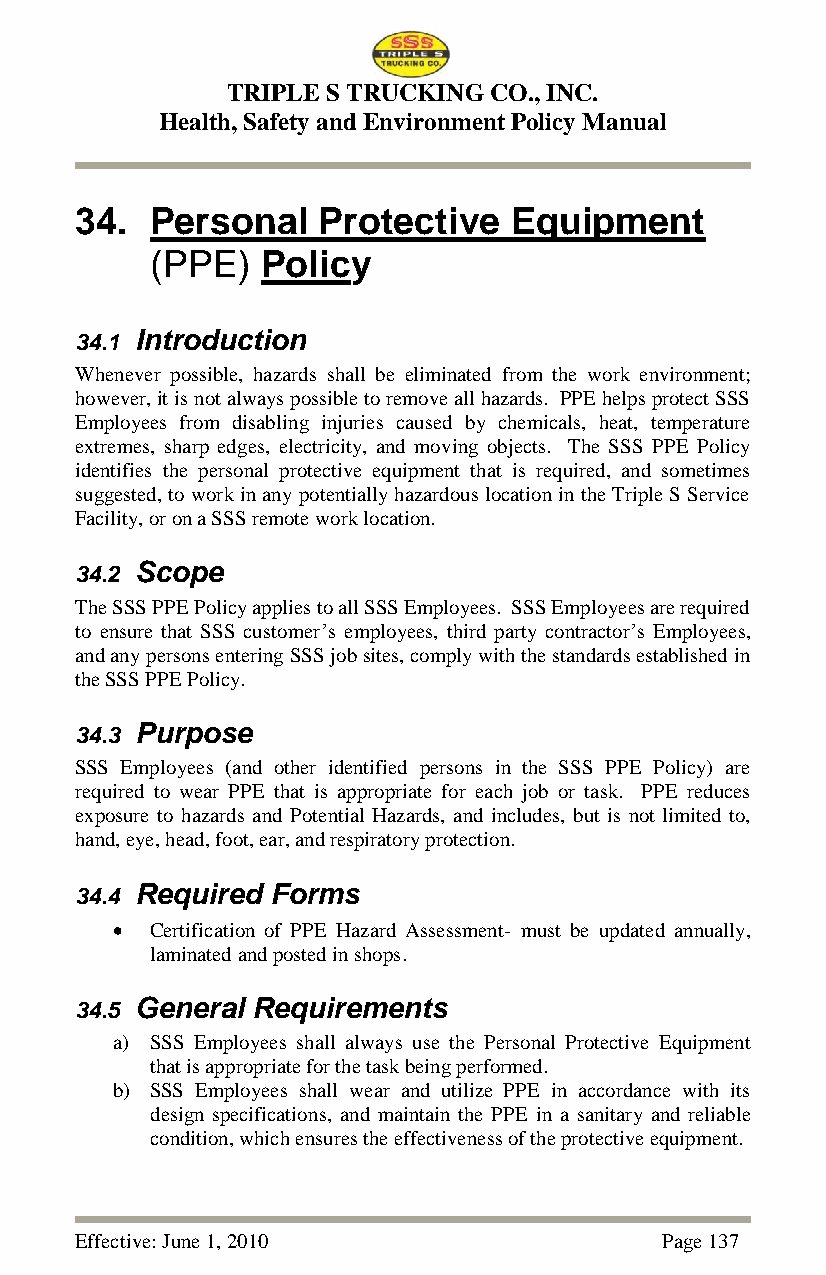
TRIPLE S TRUCKING CO., INC.
 Health, Safety and Environment Policy Manual
 34.  Personal   Protective   Equipment
 (PPE)  Policy
 34.1 Introduction
 Whenever possible, hazards shall be eliminated from the work environment;
 however, it is not always possible to remove all hazards. PPE helps protect SSS
 Employees from disabling injuries caused by chemicals, heat, temperature
 extremes, sharp edges, electricity, and moving objects. The SSS PPE Policy
 identifies the personal protective equipment that is required, and sometimes
 suggested, to work in any potentially hazardous location in the Triple S Service
 Facility, or on a SSS remote work location.
 34.2 Scope
 The SSS PPE Policy applies to all SSS Employees. SSS Employees are required
 to ensure that SSS customer‘s employees, third party contractor‘s Employees,
 and any persons entering SSS job sites, comply with the standards established in
 the SSS PPE Policy.
 34.3 Purpose
 SSS Employees (and other identified persons in the SSS PPE Policy) are
 required to wear PPE that is appropriate for each job or task. PPE reduces
 exposure to hazards and Potential Hazards, and includes, but is not limited to,
 hand, eye, head, foot, ear, and respiratory protection.
 34.4 Required Forms
   Certification of PPE Hazard Assessment- must be updated annually,
 laminated and posted in shops.
 34.5 General Requirements
 a) SSS Employees shall always use the Personal Protective Equipment
 that is appropriate for the task being performed.
 b) SSS Employees shall wear and utilize PPE in accordance with its
 design specifications, and maintain the PPE in a sanitary and reliable
 condition, which ensures the effectiveness of the protective equipment.
 Effective: June 1, 2010                Page 137